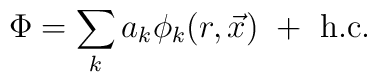
\Phi =\sum_{k}a_{k}\phi _{k}(r,\vec{x})\ +\ \mathrm{h.c.}